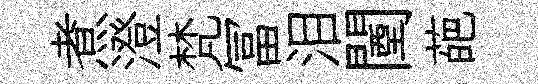
煮澄梵冨泪闉葩